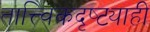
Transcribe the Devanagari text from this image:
तात्त्विकदृष्ट्याही